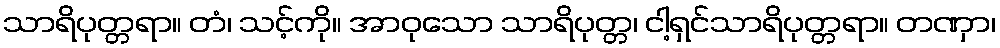
သာရိပုတ္တရာ။ တံ၊ သင့်ကို။ အာဝုသော သာရိပုတ္တ၊ ငါ့ရှင်သာရိပုတ္တရာ။ တဏှာ၊